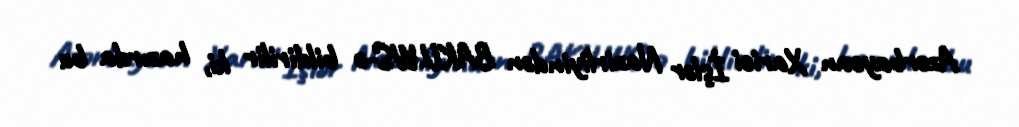
Azərbaycan Xarici İşlər Nazirliyindən BAKU.WS-ə bildirilir ki, hazırda bu